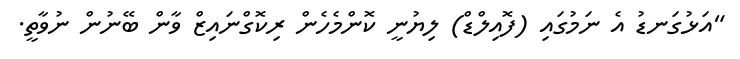
"އަޅުގަނޑު އެ ނަމުގައި (ފޮއިލްޑް) ލިޔުނީ ކޮންމެހެން ރިކޮގްނައިޒް ވާން ބޭނުން ނުވާތީ.